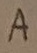
Text: A